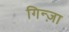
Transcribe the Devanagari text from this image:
गिन्ज़ा